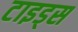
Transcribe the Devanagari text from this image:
टाइड्स